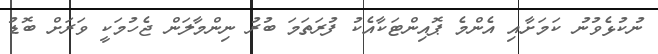
ނުކުޅެވުނު ކަމަށާއި އެންމެ ޕޮއިންޓަކާއެކު ފުރަތަމަ ބުރު ނިންމާލަން ޖެހުމަކީ ވަރަށް ބޮޑު